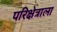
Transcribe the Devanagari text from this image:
परिक्षेत्राला